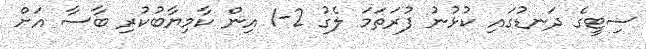
ސިޓީގެ ދަނޑުގައި ކުޅުނު ފުރަތަމަ ލެގު 2-1 އިން ކާމިޔާބުކުރި ބާސާ އަށް